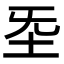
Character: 𡉙